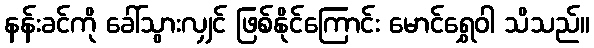
နန်းခင်ကို ခေါ်သွားလျှင် ဖြစ်နိုင်ကြောင်း မောင်ရွှေဝါ သိသည်။